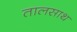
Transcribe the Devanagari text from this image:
तालसाथ